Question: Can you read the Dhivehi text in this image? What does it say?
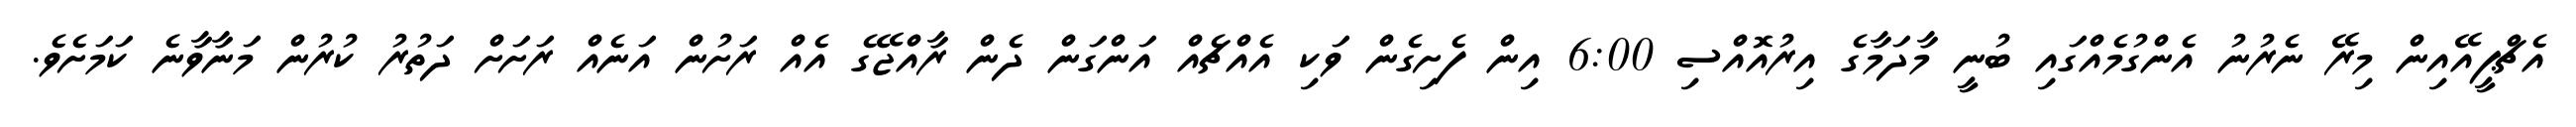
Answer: އެޗްޕީއޭއިން މިރޭ ނެރުނު އެންގުމެއްގައި ބުނީ މާދަމާގެ އިރުއޮއްސި 6:00 އިން ފެށިގެން ވަކި އެއްޗެއް އަންގަން ދެން ރާއްޖޭގެ އެއް ރަށުން އަނެއް ރަށަށް ދަތުރު ކުރުން މަނާވާނެ ކަމަށެވެ.